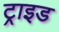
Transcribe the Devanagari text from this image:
ट्राइड